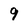
Character: 9